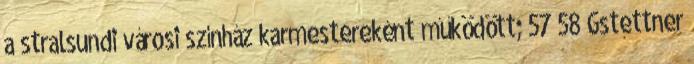
a stralsundi városi színház karmestereként működött; 57 58 Gstettner